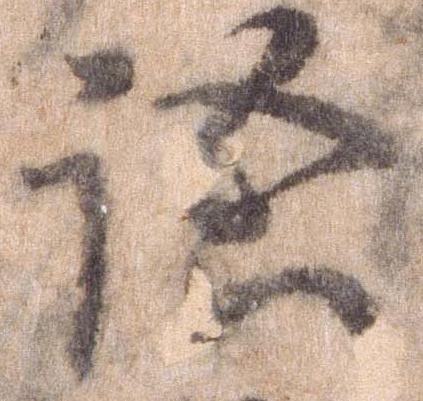
語